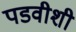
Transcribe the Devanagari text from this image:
पडवीशी